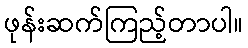
ဖုန်းဆက်ကြည့်တာပါ။